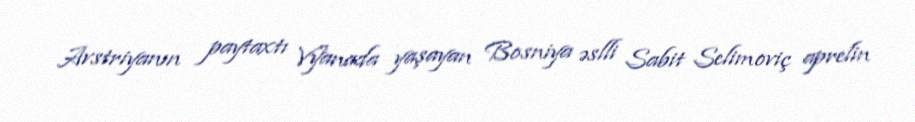
Avstriyanın paytaxtı Vyanada yaşayan Bosniya əslli Sabit Selimoviç aprelin